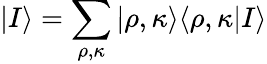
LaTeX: |I\rangle=\sum_{\rho,\kappa}|\rho,\kappa\rangle\langle\rho,\kappa|I\rangle